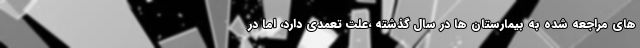
های مراجعه شده به بیمارستان ها در سال گذشته ،علت تعمدی دارد، اما در